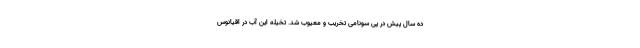
ده سال پیش در پی سونامی تخریب و معیوب شد. تخیله این آب در اقیانوس